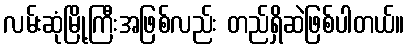
လမ်းဆုံမြို့ကြီးအဖြစ်လည်း တည်ရှိဆဲဖြစ်ပါတယ်။